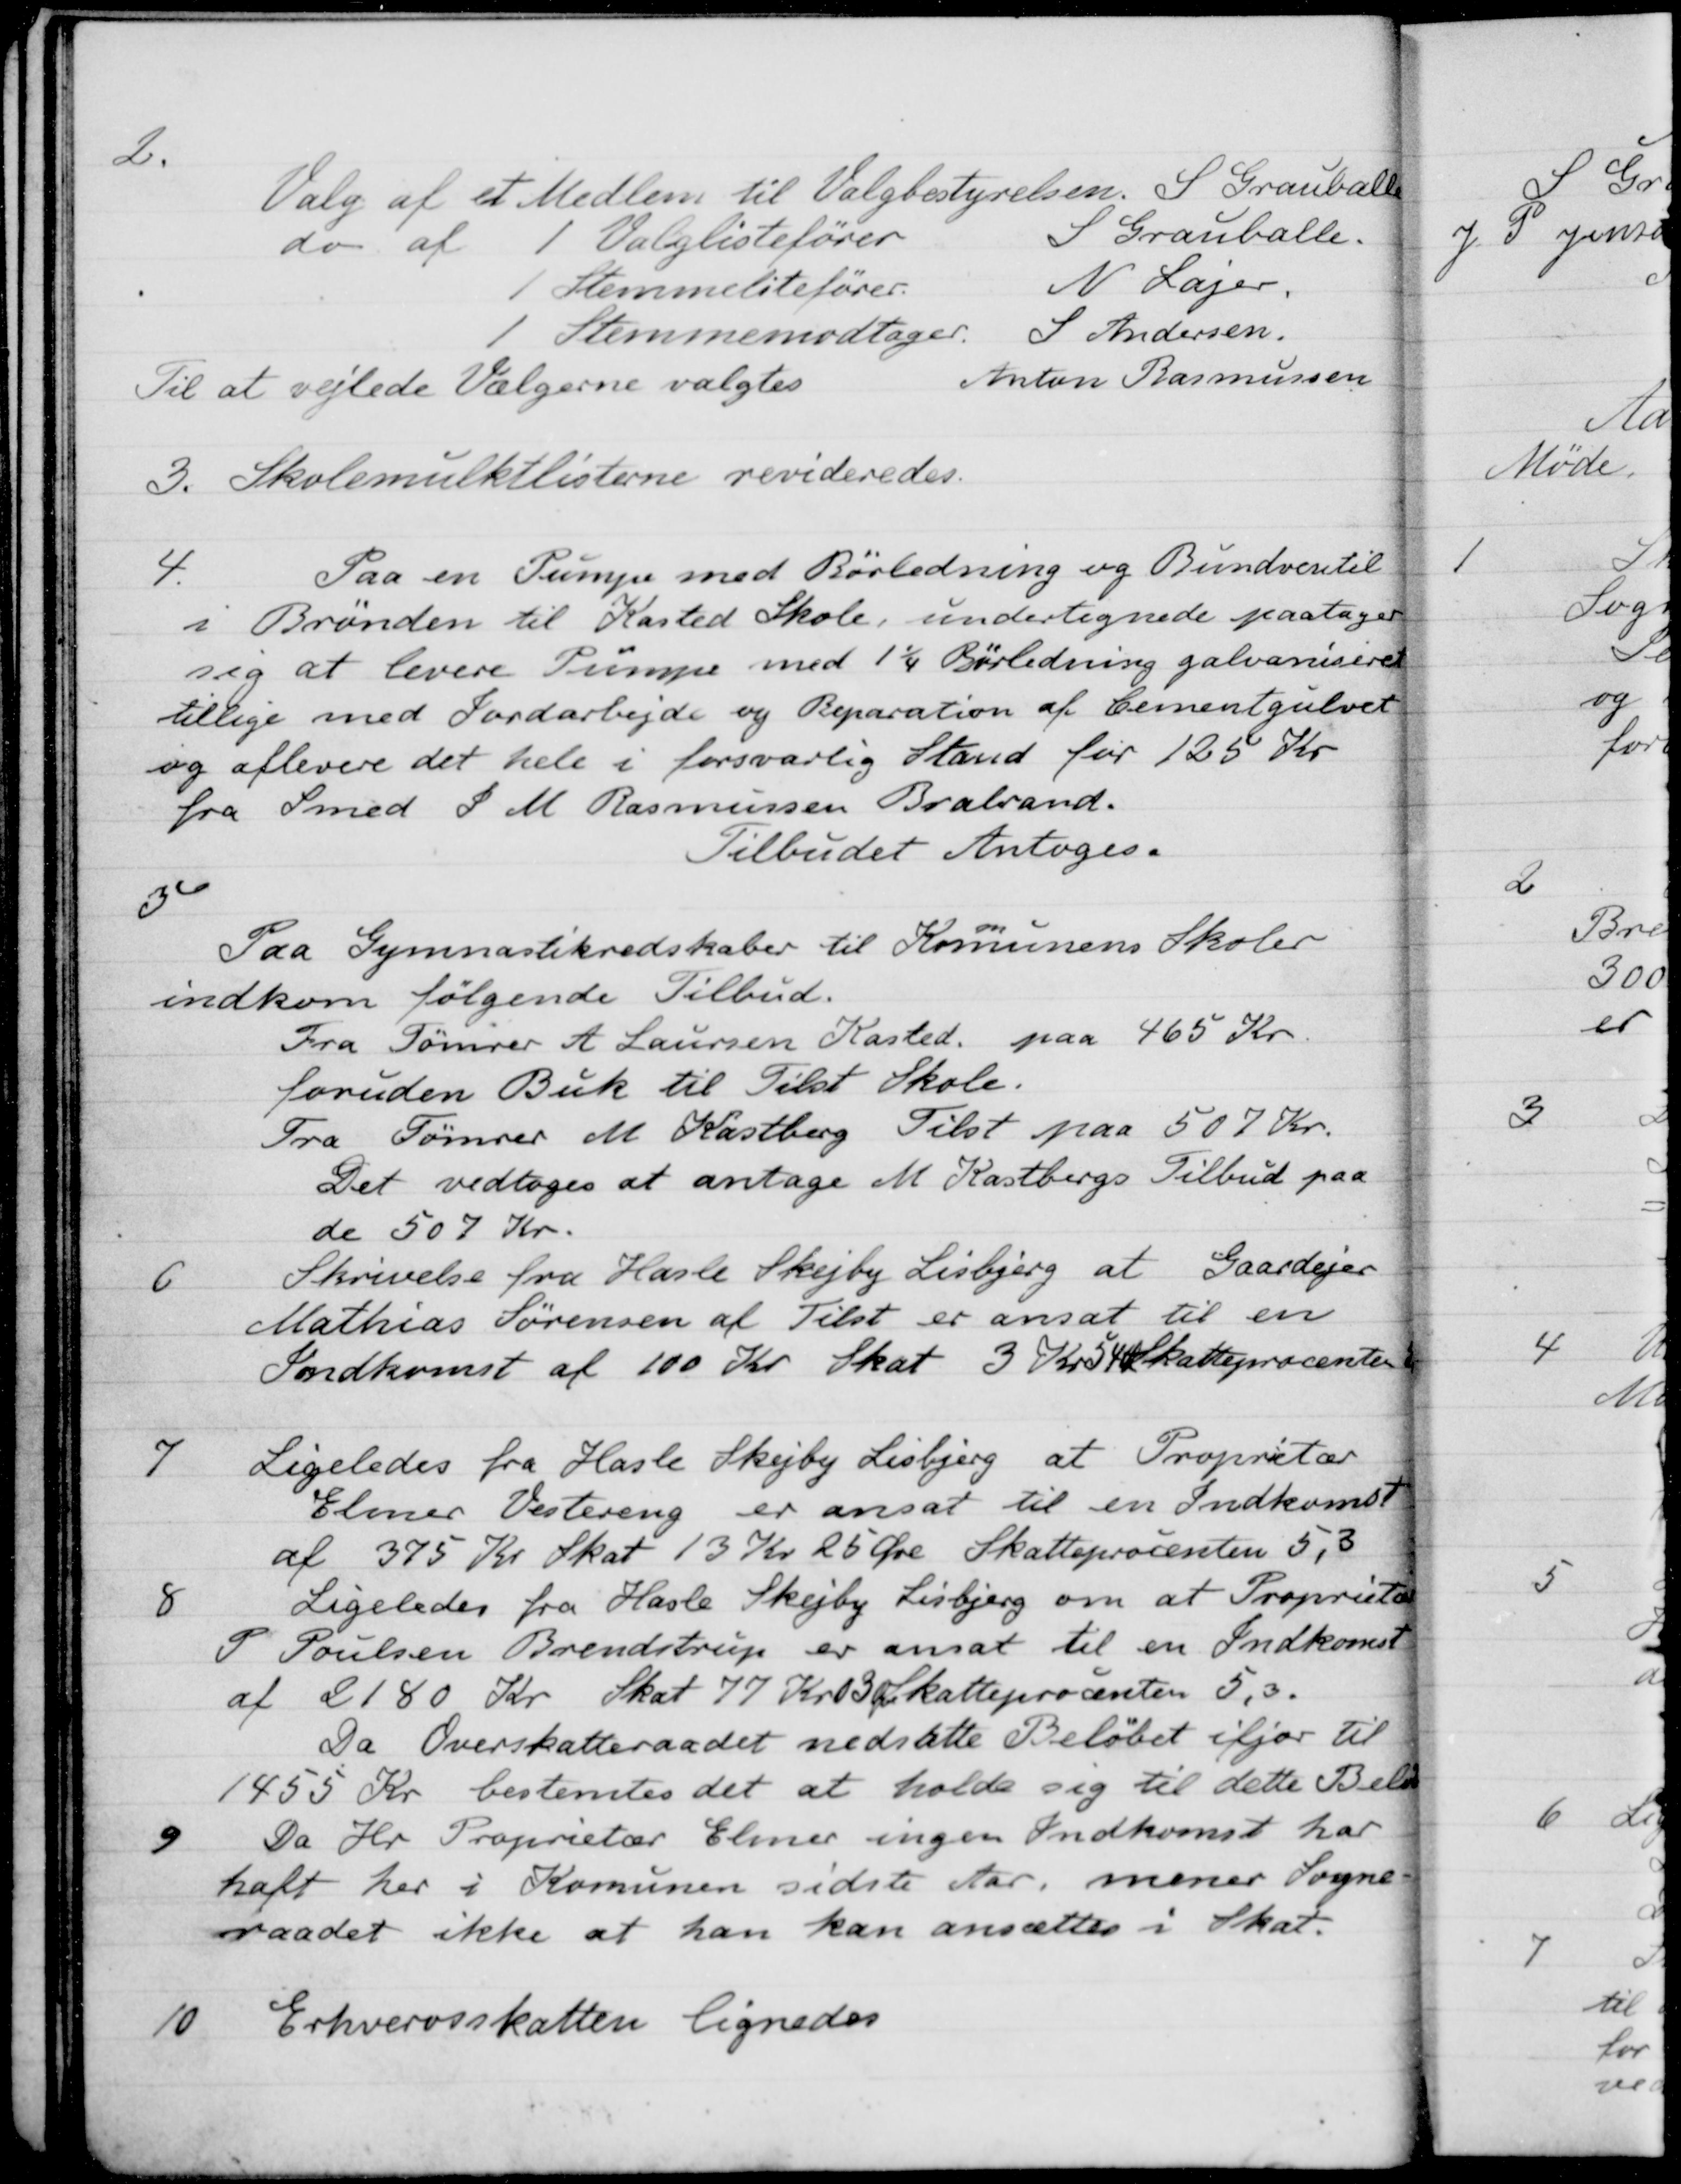
Transskription:
2.
Valg af et Medlem til Valgbestyrelsen. S. Grauballe
do af 1 Valglistefører S Grauballe.
1 Stemmelitefører. N Lajer.
1 Stemmemodtager. S Andersen.
Til at vejlede Vælgerne valgtes
Anton Rasmussen
3.
Skolemulktlisterne revideredes.
4.
Paa en Pumpe med Rørledning og Bundventil
i Brønden til Kasted Skole, undertegnede paatager
sig at levere Pumpe med 1 1/4 Rørledning galvaniseret
tillige med Jordarbejde og Reparation af Cementgulvet
og aflevere det hele i forsvarlig Stand for 125 Kr.
fra Smed S. M. Rasmussen Brabrand.
Tilbudet Antoges.
5
Paa Gymnastikredskaber til Komunens Skoler
indkom følgende Tilbud.
Fra Tømrer A Laursen Kasted paa 465 Kr.
foruden Buk til Tilst Skole.
Fra Tømrer M. Kastberg Tilst paa 507 Kr.
Det vedtoges at antage M. Kastbergs Tilbud paa
de 507 Kr.
6
Skrivelse fra Hasle Skejby Lisbjerg at Gaardejer
Mathias Sørensen af Tilst er ansat til en 
Indkomst af 100 Kr. Skat 3 Kr 54 Skatteprocenten 5,
7
Ligeledes fra Hasle Skejby Lisbjerg at Proprietær
Elmer Vestereng er ansat til en Indkomst
af 375 Kr Skat 13 Kr 25 Øre Skatteprocenten 5,3
8
Ligeledes fra Hasle Skejby Lisbjerg om at Proprietær
P Poulsen Brendstrup er ansat til en Indkomst
af 2180 Kr Skat 77 Kr 03 Øre Skatteprocenten 5,3
Da Overskatteraadet nedsatte Beløbet ifjor til
1455 Kr bestemtes det at holde sig til dette Beløb
9
Da Hr. Proprietær Elmer ingen Indkomst har
haft her i Komunen sidste Aar, mener Sogne-
raadet ikke at han kan ansættes i Skat.
10
Erhvervsskatten lignedes